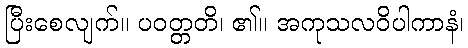
ပြီးစေလျက်။ ပဝတ္တတိ၊ ၏။ အကုသလဝိပါကာနံ၊